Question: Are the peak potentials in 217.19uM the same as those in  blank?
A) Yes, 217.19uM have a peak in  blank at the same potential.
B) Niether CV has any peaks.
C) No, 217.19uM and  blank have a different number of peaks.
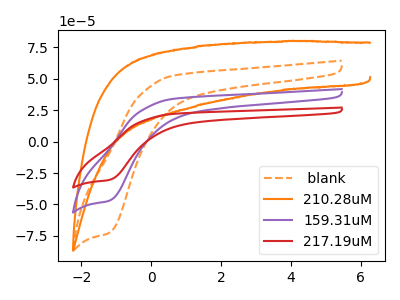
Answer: <think>The orange dashed curve " blank" has a cathodic peak at: (-1.20V, -72.75uA). The orange curve "210.28uM" has no peaks. The purple curve "159.31uM" has a cathodic peak at: (-1.20V, -47.15uA). The red curve "217.19uM" has a cathodic peak at: (-1.20V, -94.30uA).</think>
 <answer>A) Yes, "217.19uM" have a peak in " blank" at the same potential.</answer>
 <eval>A</eval>